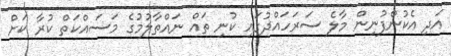
އަދި އެކުންފުނިން މާލެ ސަރަހައްދުގައި ކުނި ތައް ނައްތާލުމުގެ މަސައްކަތް ކުރާ ކަށް